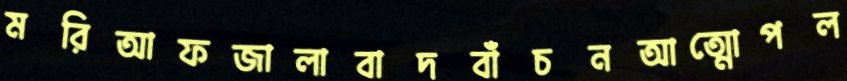
মরিআফজালাবাদবাঁচনআত্মোপল